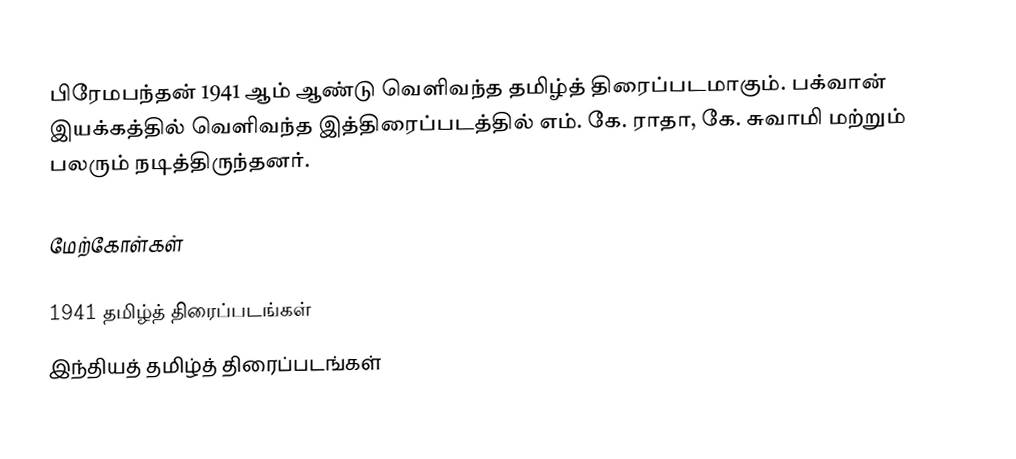
பிரேமபந்தன் 1941 ஆம் ஆண்டு வெளிவந்த தமிழ்த் திரைப்படமாகும். பக்வான் இயக்கத்தில் வெளிவந்த இத்திரைப்படத்தில் எம். கே. ராதா, கே. சுவாமி மற்றும் பலரும் நடித்திருந்தனர்.

மேற்கோள்கள்

1941 தமிழ்த் திரைப்படங்கள்
இந்தியத் தமிழ்த் திரைப்படங்கள்